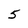
Character: 5